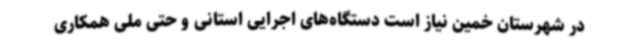
در شهرستان خمین نیاز است دستگاه‌های اجرایی استانی و حتی ملی همکاری